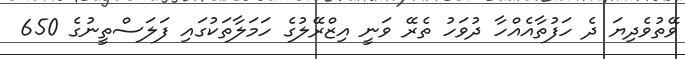
ވޭތުވެދިޔަ ދެ ހަފުތާއެއްހާ ދުވަހު ތެރޭ ވަނީ އިޒްރޭލުގެ ހަމަލާތަކުގައި ފަލަސްތީނުގެ 650